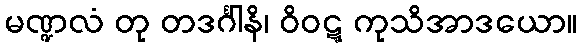
မဏ္ဍလံ တု တဒင်္ဂါနိ၊ ဝိဝဋ္ဋ ကုသိအာဒယော။